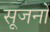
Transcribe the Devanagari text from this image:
सूजनों